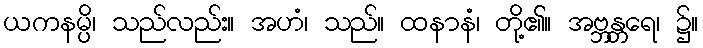
ယကနမ္ပိ၊ သည်လည်း။ အဟံ၊ သည်။ ထနာနံ၊ တို့၏။ အဗ္ဘန္တရေ၊ ၌။